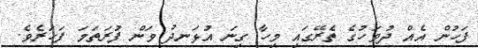
ފަހުން އެއް ދުވަހުގެ ތެރޭގައި މިހާ ގިނަ އުޅަނދު ވަން ފުރަތަމަ ފަހަރެވެ.